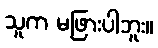
သူက မဖြားပါဘူး။